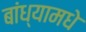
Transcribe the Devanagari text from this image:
बांध्यामधे